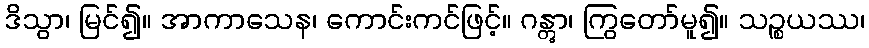
ဒိသွာ၊ မြင်၍။ အာကာသေန၊ ကောင်းကင်ဖြင့်။ ဂန္တွာ၊ ကြွတော်မူ၍။ သဉ္စယဿ၊